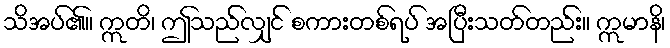
သိအပ်၏။ ဣတိ၊ ဤသည်လျှင် စကားတစ်ရပ် အပြီးသတ်တည်း။ ဣမာနိ၊